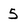
Character: 5